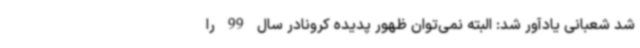
شد شعبانی یادآور شد: البته نمی‌توان ظهور پدیده کرونادر سال 99 را